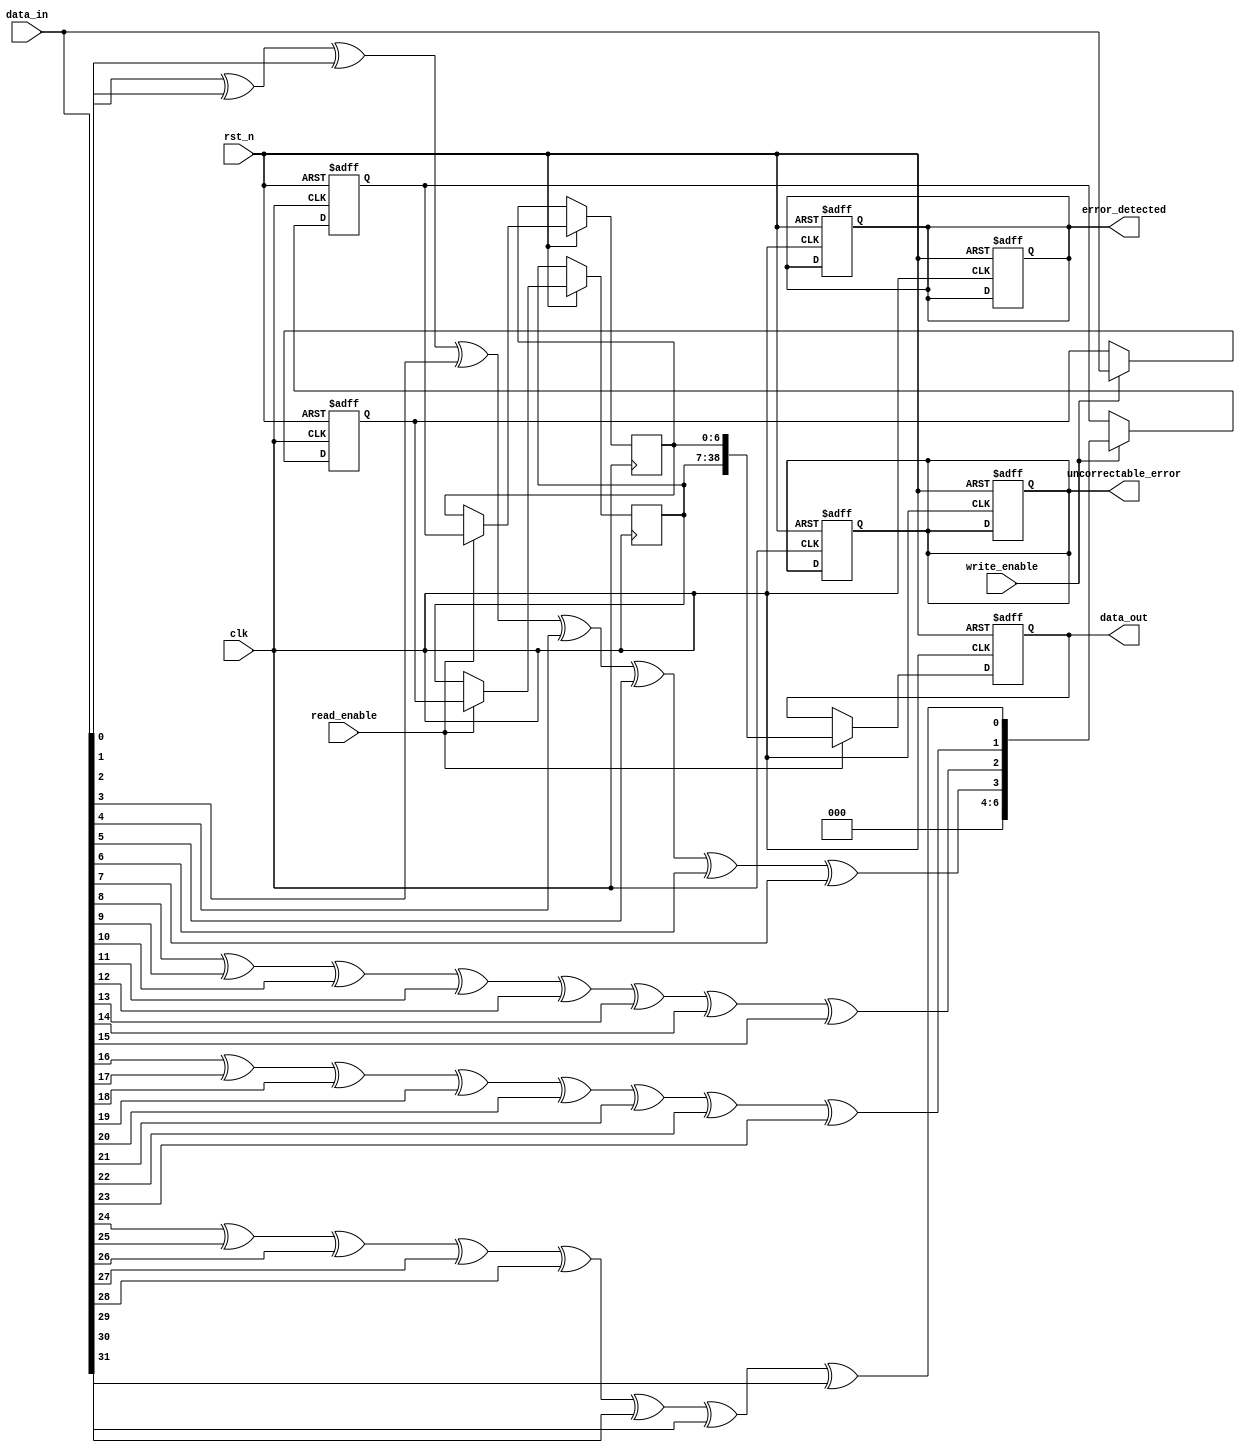
module ecc_dram_io #(
    parameter DATA_WIDTH = 32,  // Data width (e.g., 32 bits)
    parameter ECC_WIDTH = 7      // ECC width (e.g., 7 bits for Hamming code)
)(
    input wire clk,
    input wire rst_n,
    input wire read_enable,
    input wire write_enable,
    input wire [DATA_WIDTH-1:0] data_in,
    output reg [DATA_WIDTH+ECC_WIDTH-1:0] data_out,
    output reg error_detected,
    output reg uncorrectable_error
);

    // Internal signals
    reg [DATA_WIDTH-1:0] data_buffer;
    reg [ECC_WIDTH-1:0] ecc_buffer;
    reg [DATA_WIDTH-1:0] read_data;
    reg [ECC_WIDTH-1:0] read_ecc;

    // ECC Encoding Logic
    function [ECC_WIDTH-1:0] ecc_encode(input [DATA_WIDTH-1:0] data);
        // Simple parity-based ECC encoding (for demonstration purposes)
        // Replace with actual ECC algorithm as needed
        ecc_encode = {data[0] ^ data[1] ^ data[2] ^ data[3] ^ data[4] ^ data[5] ^ data[6] ^ data[7],
                       data[8] ^ data[9] ^ data[10] ^ data[11] ^ data[12] ^ data[13] ^ data[14] ^ data[15],
                       data[16] ^ data[17] ^ data[18] ^ data[19] ^ data[20] ^ data[21] ^ data[22] ^ data[23],
                       data[24] ^ data[25] ^ data[26] ^ data[27] ^ data[28] ^ data[29] ^ data[30] ^ data[31]};
    endfunction

    // ECC Decoding Logic
    function [DATA_WIDTH-1:0] ecc_decode(input [DATA_WIDTH-1:0] data, input [ECC_WIDTH-1:0] ecc);
        // Simple error detection and correction (for demonstration purposes)
        // Replace with actual ECC algorithm as needed
        ecc_decode = data; // For now, just return the data
        // Implement error detection and correction logic here
    endfunction

    // Write Operation
    always @(posedge clk or negedge rst_n) begin
        if (!rst_n) begin
            data_buffer <= 0;
            ecc_buffer <= 0;
            error_detected <= 0;
            uncorrectable_error <= 0;
        end else if (write_enable) begin
            data_buffer <= data_in;
            ecc_buffer <= ecc_encode(data_in);
        end
    end

    // Read Operation
    always @(posedge clk or negedge rst_n) begin
        if (!rst_n) begin
            data_out <= 0;
            error_detected <= 0;
            uncorrectable_error <= 0;
        end else if (read_enable) begin
            read_data <= data_buffer; // Simulate reading data
            read_ecc <= ecc_buffer;   // Simulate reading ECC

            // Decode and check for errors
            data_out <= {read_data, read_ecc};
            // Implement error detection and correction logic here
            // Set error_detected and uncorrectable_error flags as needed
        end
    end

endmodule